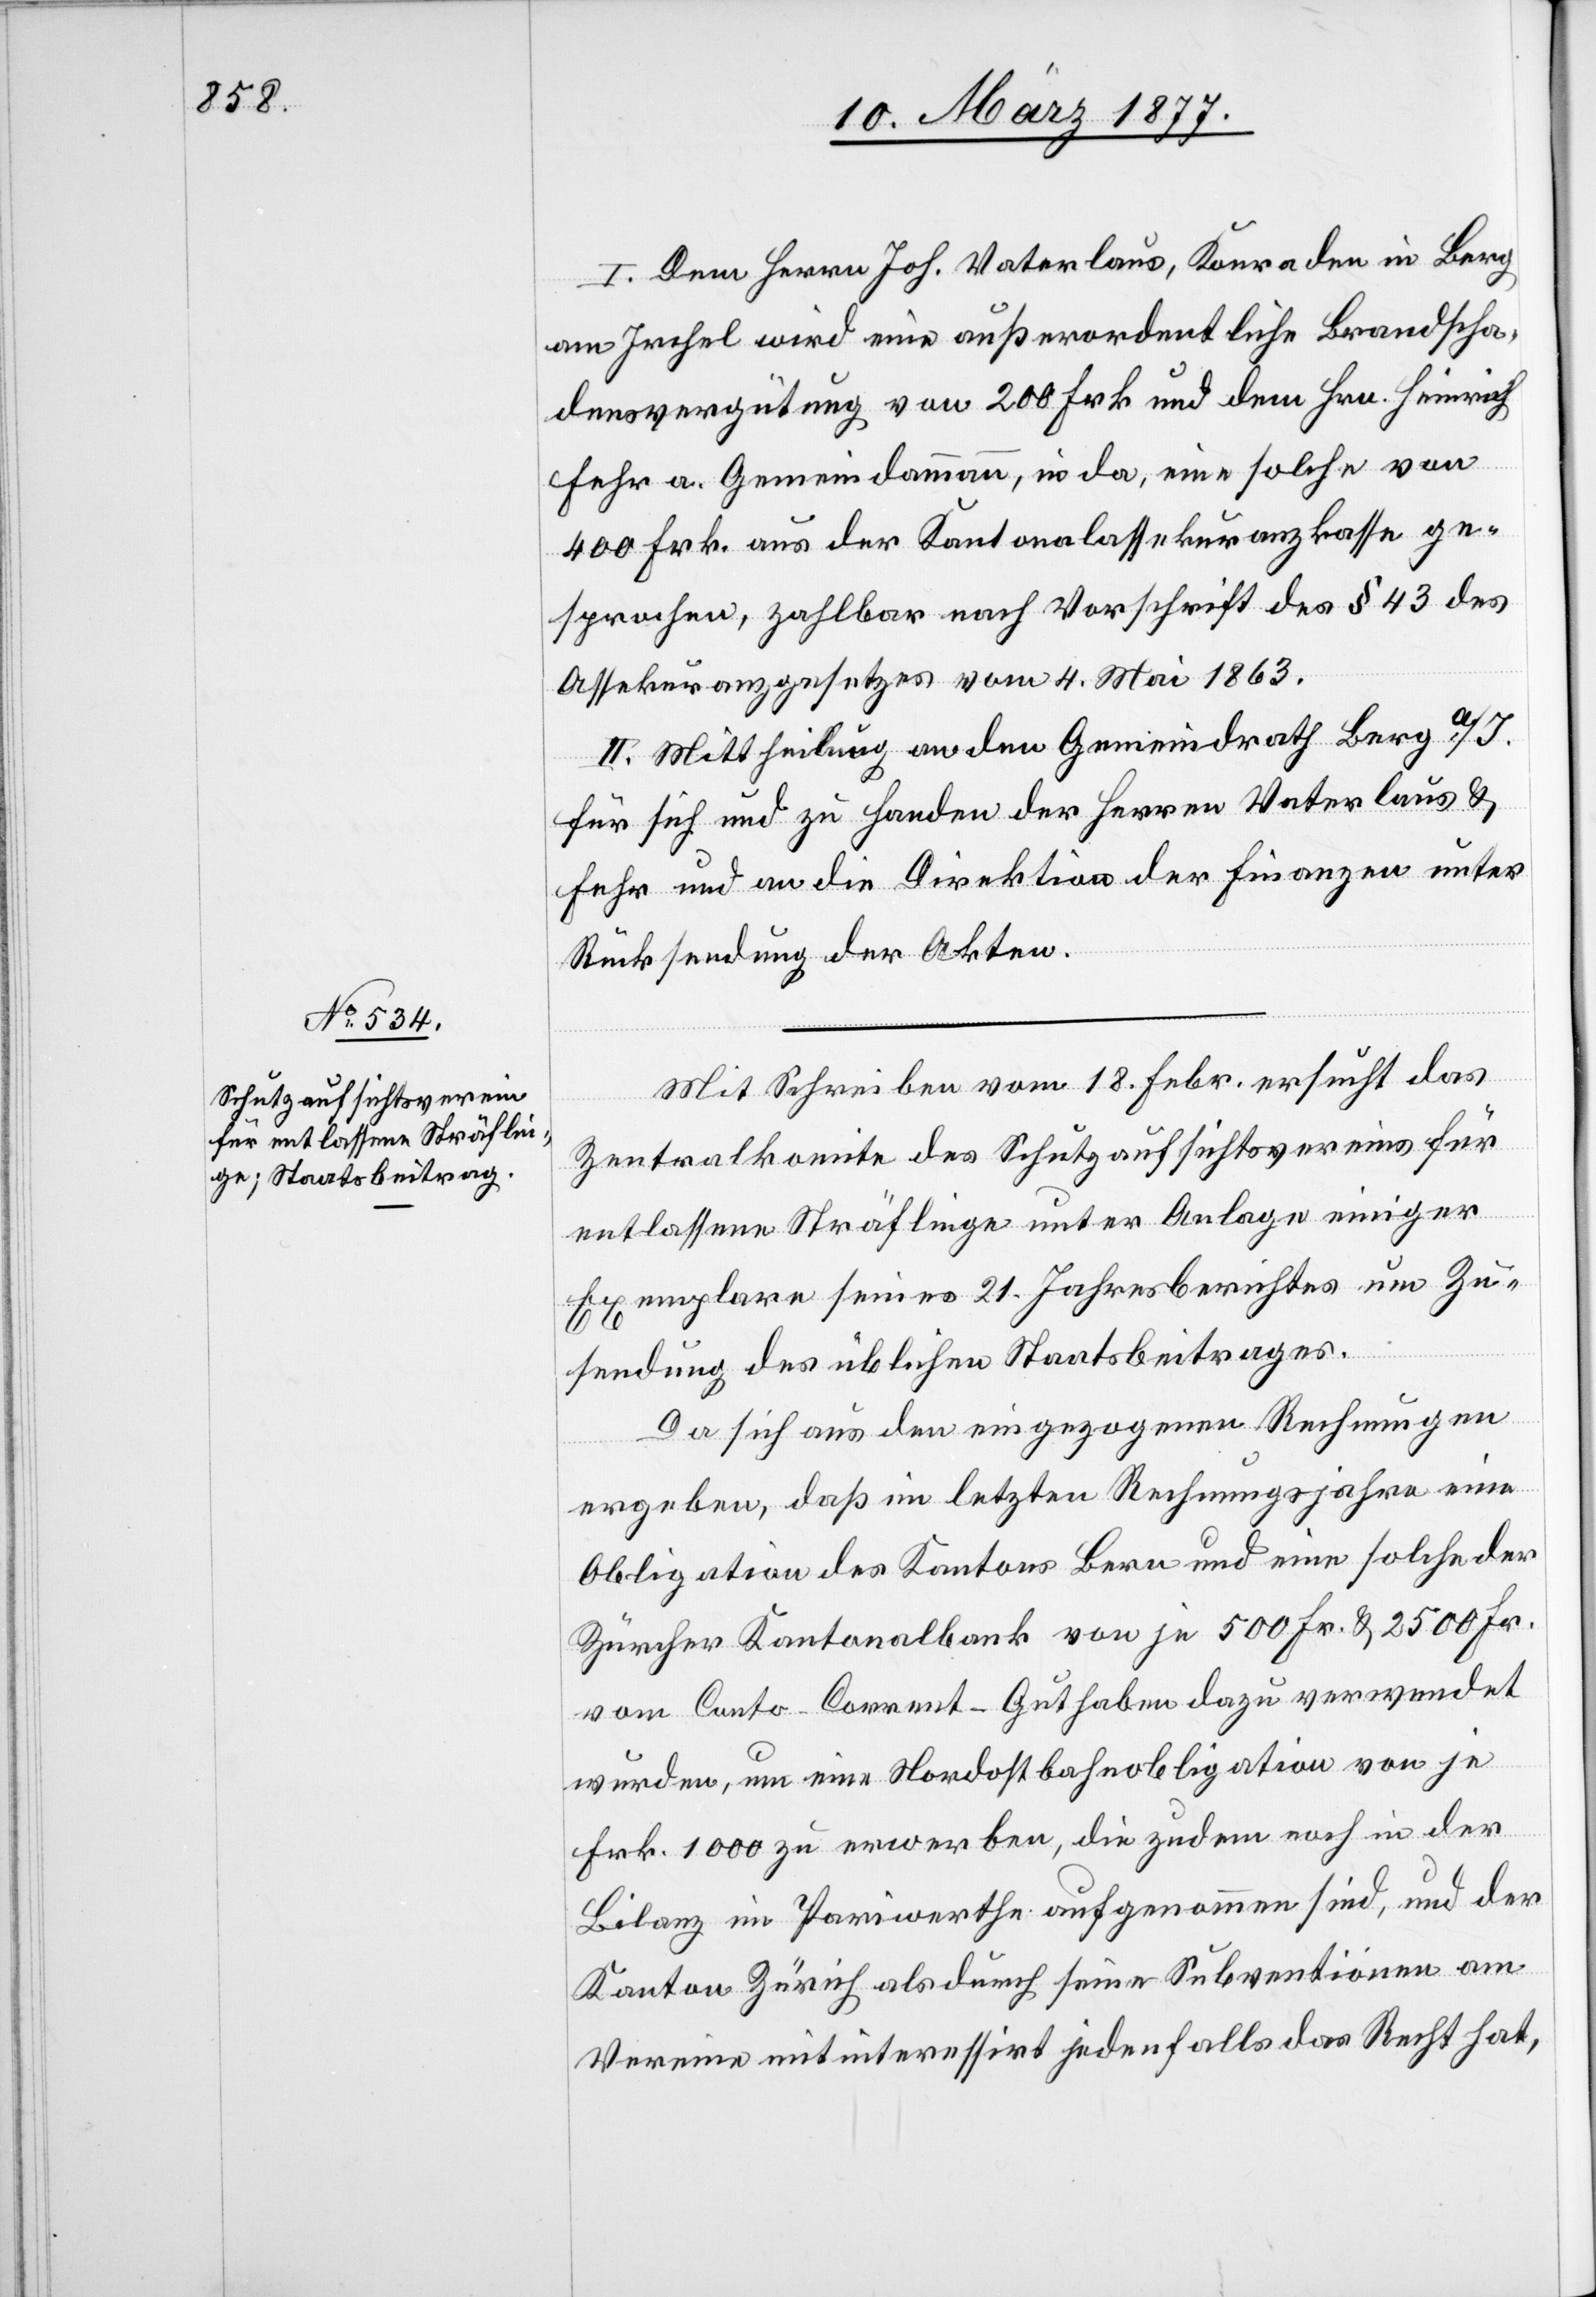
I. Dem Herrn Joh. Vaterlaus, Konraden in Berg
am Irchel wird eine außerordentliche Brandscha¬
densvergütung von 200 Frk. und dem Hrn. Heinrich
Fehr a. Gemeindammann, in da, eine solche von
400 Frk. aus der Kantonalassekuranzkasse ge¬
sprochen, zahlbar nach Vorschrift des § 43 des
Assekuranzgesetzes vom 4. Mai 1863.
II. Mittheilung an den Gemeindrath Berg a/I.
für sich und zu Handen der Herren Vaterlaus &
Fehr und an die Direktion der Finanzen unter
Rücksendung der Akten.
Mit Schreiben vom 18. Febr. ersucht das
Zentralkomite des Schutzaufsichtsvereins für
entlassene Sträflinge unter Anlage einiger
Exemplare seines 21. Jahresberichtes um Zu¬
sendung des üblichen Staatsbeitrages.
Da sich aus den eingezogenen Rechnungen
ergeben, daß im letzten Rechnungsjahre eine
Obligation des Kantons Bern und eine solche der
Zürcher Kantonalbank von je 500 Fr. & 2500 Fr.
vom Conto-Corrent-Guthaben dazu verwendet
wurden, um eine Nordostbahnobligation von je
Frk. 1000 zu erwerben, die zudem noch in der
Bilanz im Pariwerthe aufgenommen sind [sic!], und der
Kanton Zürich als durch seine Subventionen am
Vereine mitinteressirt jedenfalls das Recht hat,